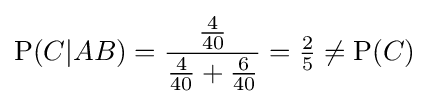
\mathrm {P} (C|AB)={\frac {\frac {4}{40}}{{\frac {4}{40}}+{\frac {6}{40}}}}={\tfrac {2}{5}}\neq \mathrm {P} (C)